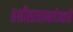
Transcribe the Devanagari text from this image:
॥श्रीसत्याम्बादेवतायै